Indian journal of veterinary science and animal husbandry - Volumes 26-27, 1956-1957
Year: 1956
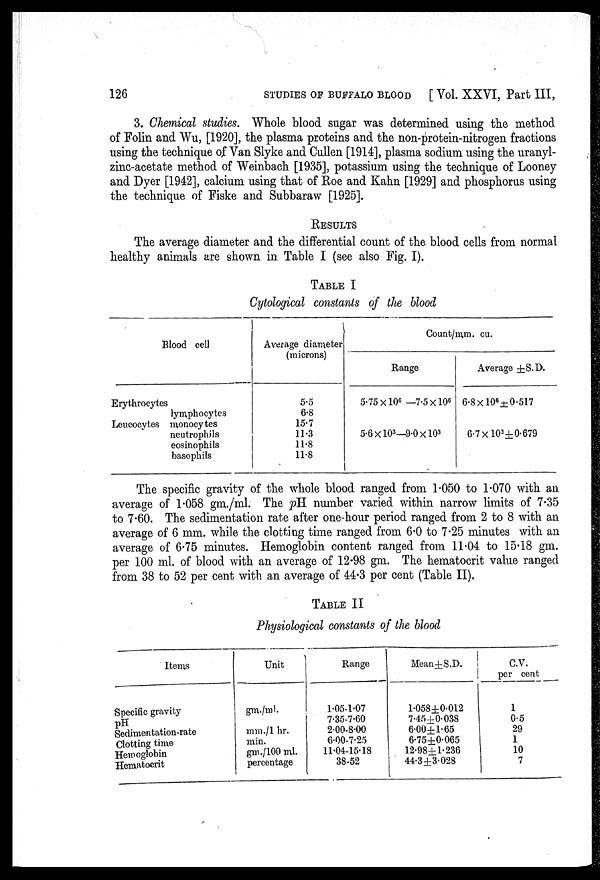
126
STUDIES
OF
BUFFALO
BLOOD
[ Vol. XXVI, Part III,
3. Chemical studies. Whole blood sugar was determined using the method
of Folin and Wu, [1920], the plasma proteins and the non-protein-nitrogen fractions
using the technique of Van Slyke and Cullen [1914], plasma sodium using the uranyl-
zinc-acetate method of Weinbach [1935], potassium using the technique of Looney
and Dyer [1942], calcium using that of Roe and Kahn [1929] and phosphorus using
the technique of Fiske and Subbaraw [1925].
RESULTS
The average diameter and the differential count of the blood cells from normal
healthy animals are shown in Table I (see also Fig. I).
TABLE I
Cytological constants of the blood
Blood cell
Erythrocytes
lymphocytes
Leucocytes monocytes
neutrophils
eosinophils
basophils
Average diameter
(microns)
5.5
6.8
15.7
11.3
11.8
11.8
Count/mm. cu.
Range
5.75 × 10 6 — 7.5 × 10 6
5.6 × 10 3 —9.0 × 10 3
Average ±S.D.
6.8 × 10 6 ±0.5l7
6.7 × 10 3 ±0.679
The specific gravity of the whole blood ranged from 1.050 to 1.070 with an
average of 1.058 gm./ml. The pH number varied within narrow limits of 7.35
to 7.60. The sedimentation rate after one-hour period ranged from 2 to 8 with an
average of 6 mm. while the clotting time ranged from 6.0 to 7.25 minutes with an
average of 6.75 minutes. Hemoglobin content ranged from 11.04 to 15.18 gm.
per 100 ml. of blood with an average of 12.98 gm. The hematocrit value ranged
from 38 to 52 per cent with an average of 44.3 per cent (Table II).
TABLE II
Physiological constants of the blood
Items
Specific gravity
pH
Sedimentation-rate
Clotting time
Hemoglobin
Hematocrit
Unit
gm./ml.
mm./1 hr.
min.
gm./100 ml.
percentage
Range
1.05-1.07
7.35-7.60
2.00-8.00
6.00-7.25
11.04-15.18
38-52
Mean±S.D.
1.058 ±0.012
7.45±0.038
6.00±1.65
6.75±0.065
12.98±1.236
44.3±3.028
C.V.
per cent
1
0.5
29
1
10
7